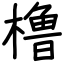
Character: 橹